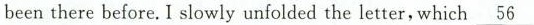
been there before. I slowly unfolded the letter, which\underline{56}